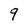
Character: 9